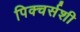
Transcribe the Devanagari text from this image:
पिक्चर्सशी